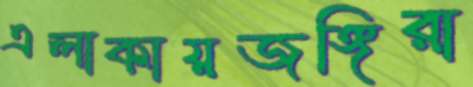
এলাকায়জঙ্গিরা